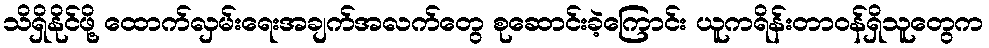
သိရှိနိုင်ဖို့ ထောက်လှမ်းရေးအချက်အလက်တွေ စုဆောင်းခဲ့ကြောင်း ယူကရိန်းတာဝန်ရှိသူတွေက